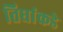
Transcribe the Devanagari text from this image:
तिघांकडे